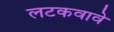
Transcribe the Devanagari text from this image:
लटकवावे